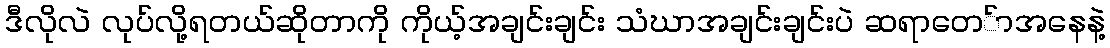
ဒီလိုလဲ လုပ်လို့ရတယ်ဆိုတာကို ကိုယ့်အချင်းချင်း သံဃာအချင်းချင်းပဲ ဆရာတေ်ာအနေနဲ့